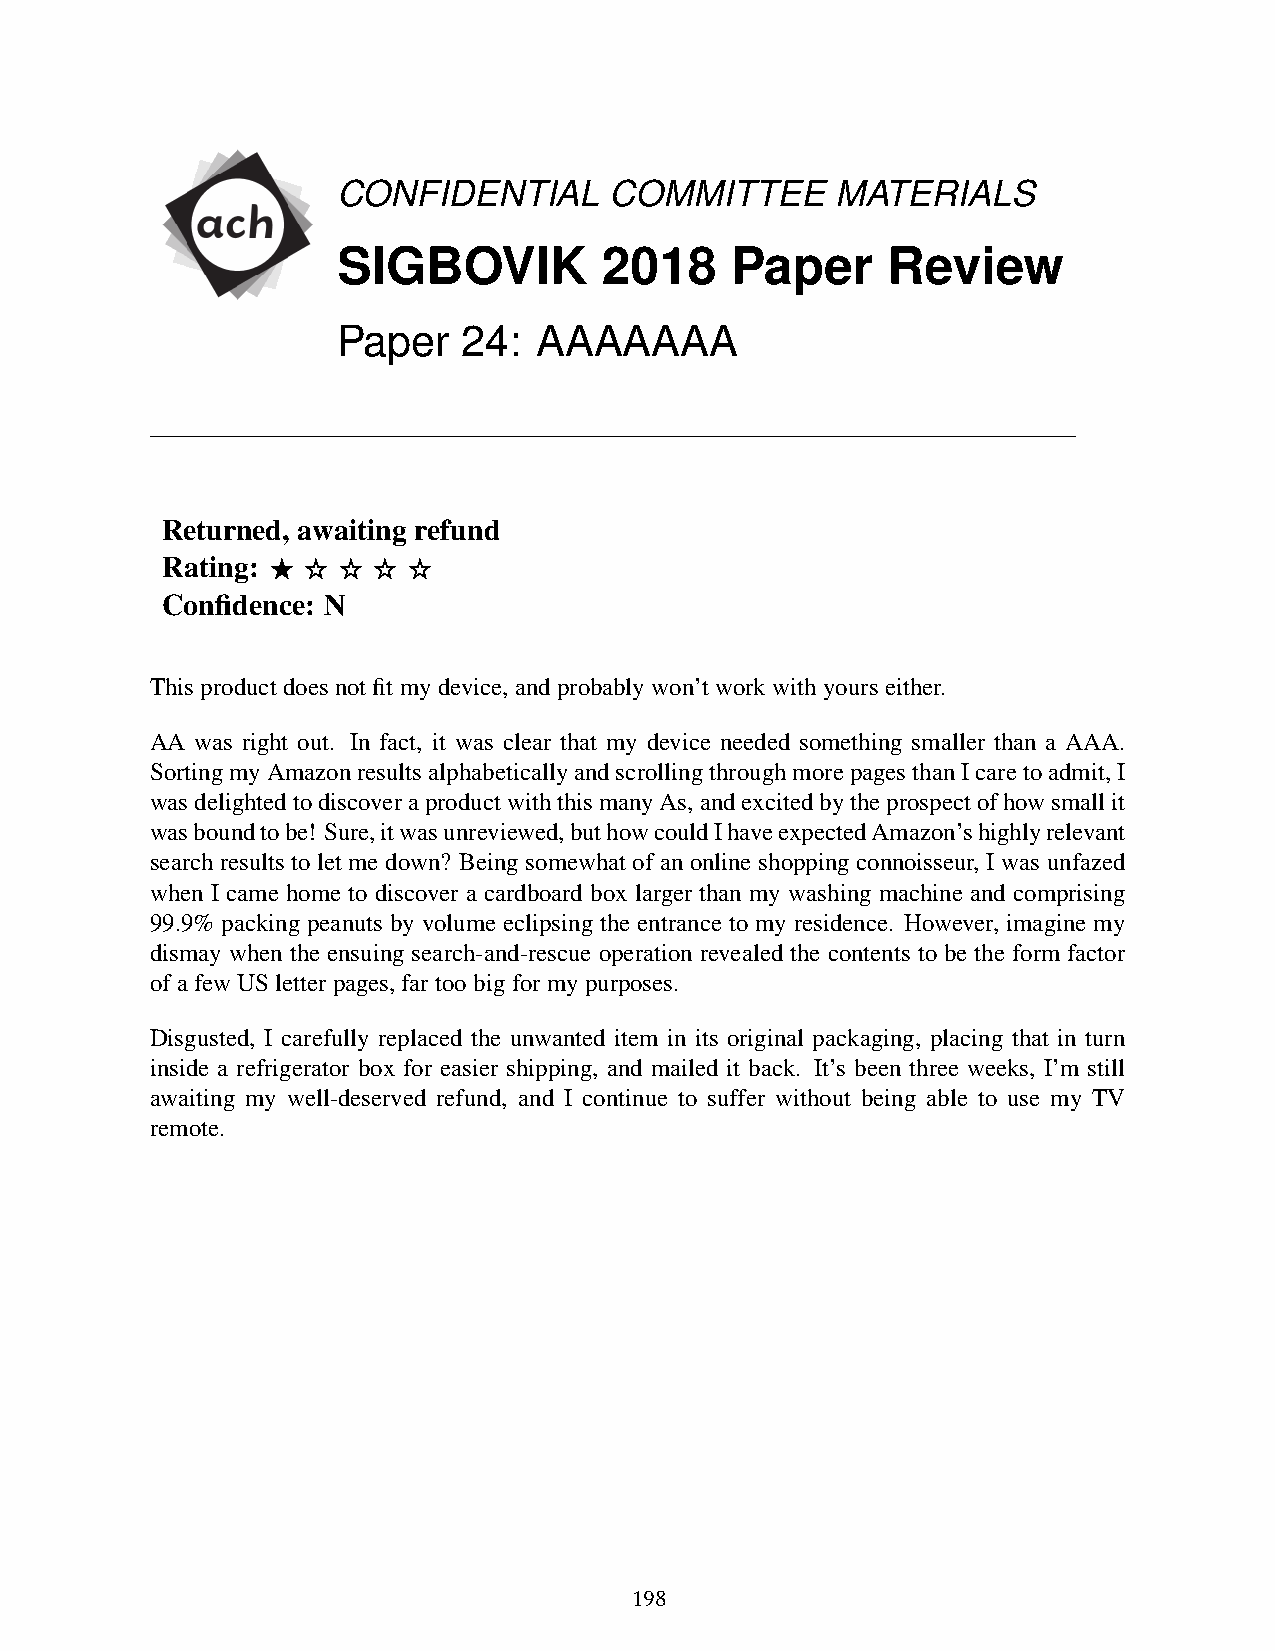
CONFIDENTIAL      COMMITTEE      MATERIALS
 SIGBOVIK          2018    Paper      Review
 Paper    24:  AAAAAAA
 Returned, awaiting refund
 Rating: ⭑ ⭐ ⭐ ⭐ ⭐
 Confidence: N
 Thisproductdoesnotfitmydevice,andprobablywon’tworkwithyourseither.
 AA was right out. In fact, it was clear that my device needed something smaller than a AAA.
 SortingmyAmazonresultsalphabeticallyandscrollingthroughmorepagesthanIcaretoadmit,I
 wasdelightedtodiscoveraproductwiththismanyAs,andexcitedbytheprospectofhowsmallit
 wasboundtobe! Sure,itwasunreviewed,buthowcouldIhaveexpectedAmazon’shighlyrelevant
 search results to let me down? Being somewhat of an online shopping connoisseur, I was unfazed
 when I came home to discover a cardboard box larger than my washing machine and comprising
 99.9% packing peanuts by volume eclipsing the entrance to my residence. However, imagine my
 dismay when the ensuing search-and-rescue operation revealed the contents to be the form factor
 ofafewUSletterpages,fartoobigformypurposes.
 Disgusted, I carefully replaced the unwanted item in its original packaging, placing that in turn
 inside a refrigerator box for easier shipping, and mailed it back. It’s been three weeks, I’m still
 awaiting my well-deserved refund, and I continue to suffer without being able to use my TV
 remote.
 198